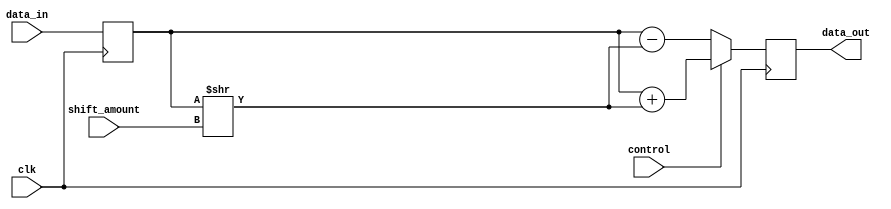
module fixed_point_shift_register (
    input [15:0] data_in,
    input [15:0] shift_amount,
    input control,
    input clk,
    output [15:0] data_out
);

reg [15:0] data_in_reg;
reg [15:0] shifted_data_out;

always @(posedge clk) begin
    data_in_reg <= data_in;
    
    if (control) begin
        shifted_data_out <= data_in_reg + (data_in_reg >> shift_amount);
    end else begin
        shifted_data_out <= data_in_reg - (data_in_reg >> shift_amount);
    end
end

assign data_out = shifted_data_out;

endmodule